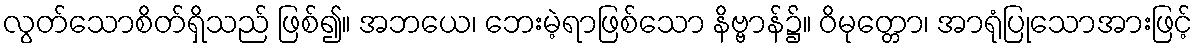
လွတ်သောစိတ်ရှိသည် ဖြစ်၍။ အဘယေ၊ ဘေးမဲ့ရာဖြစ်သော နိဗ္ဗာန်၌။ ဝိမုတ္တော၊ အာရုံပြုသောအားဖြင့်